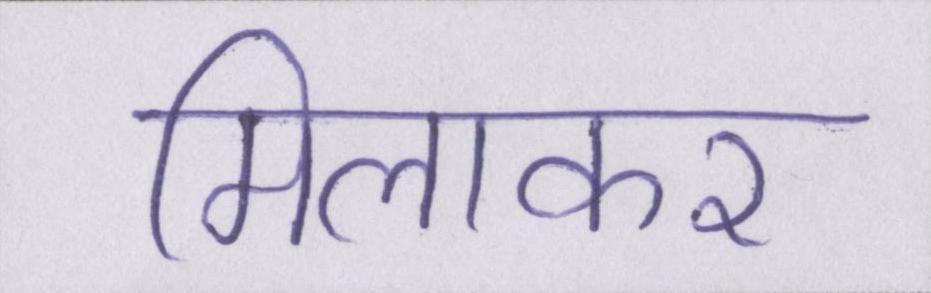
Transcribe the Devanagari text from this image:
मिलाकर